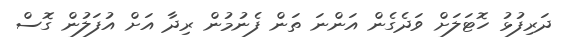
ދަރިފުޅު ހޮޓަަލަށް ވަދެގެން އަންނަ ތަން ފެނުމުން ރިދާ އަށް އުފަލުން ގޮސް